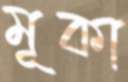
মূকা